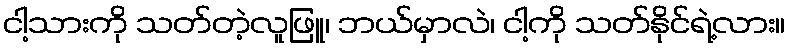
ငါ့သားကို သတ်တဲ့လူဖြူ၊ ဘယ်မှာလဲ၊ ငါ့ကို သတ်နိုင်ရဲ့လား။